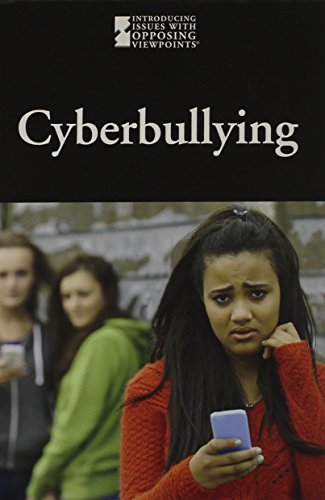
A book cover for Cyber bullying (Introducing Issues with Opposing Viewpoints); Lauri S. Scherer; Teen & Young Adult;